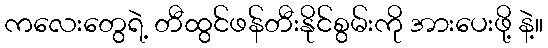
ကလေးတွေရဲ့ တီထွင်ဖန်တီးနိုင်စွမ်းကို အားပေးဖို့ နဲ့။